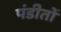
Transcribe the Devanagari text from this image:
पंडीतों